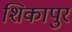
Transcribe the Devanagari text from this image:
शिकापुर